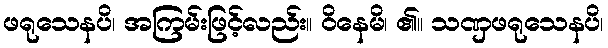
ဖရုသေနပိ၊ အကြမ်းဖြင့်လည်း။ ဝိနေမိ၊ ၏။ သဏှဖရုသေနပိ၊